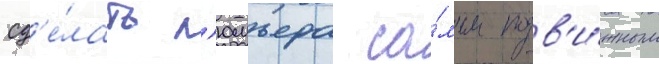
сд'е́лать л'юмьера са́мым подв'и́жным